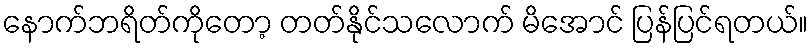
နောက်ဘရိတ်ကိုတော့ တတ်နိုင်သလောက် မိအောင် ပြန်ပြင်ရတယ်။